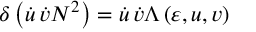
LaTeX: \delta \left( \dot { u } \, \dot { v } N ^ { 2 } \right) = \dot { u } \, \dot { v } \Lambda \left( \varepsilon , u , v \right)